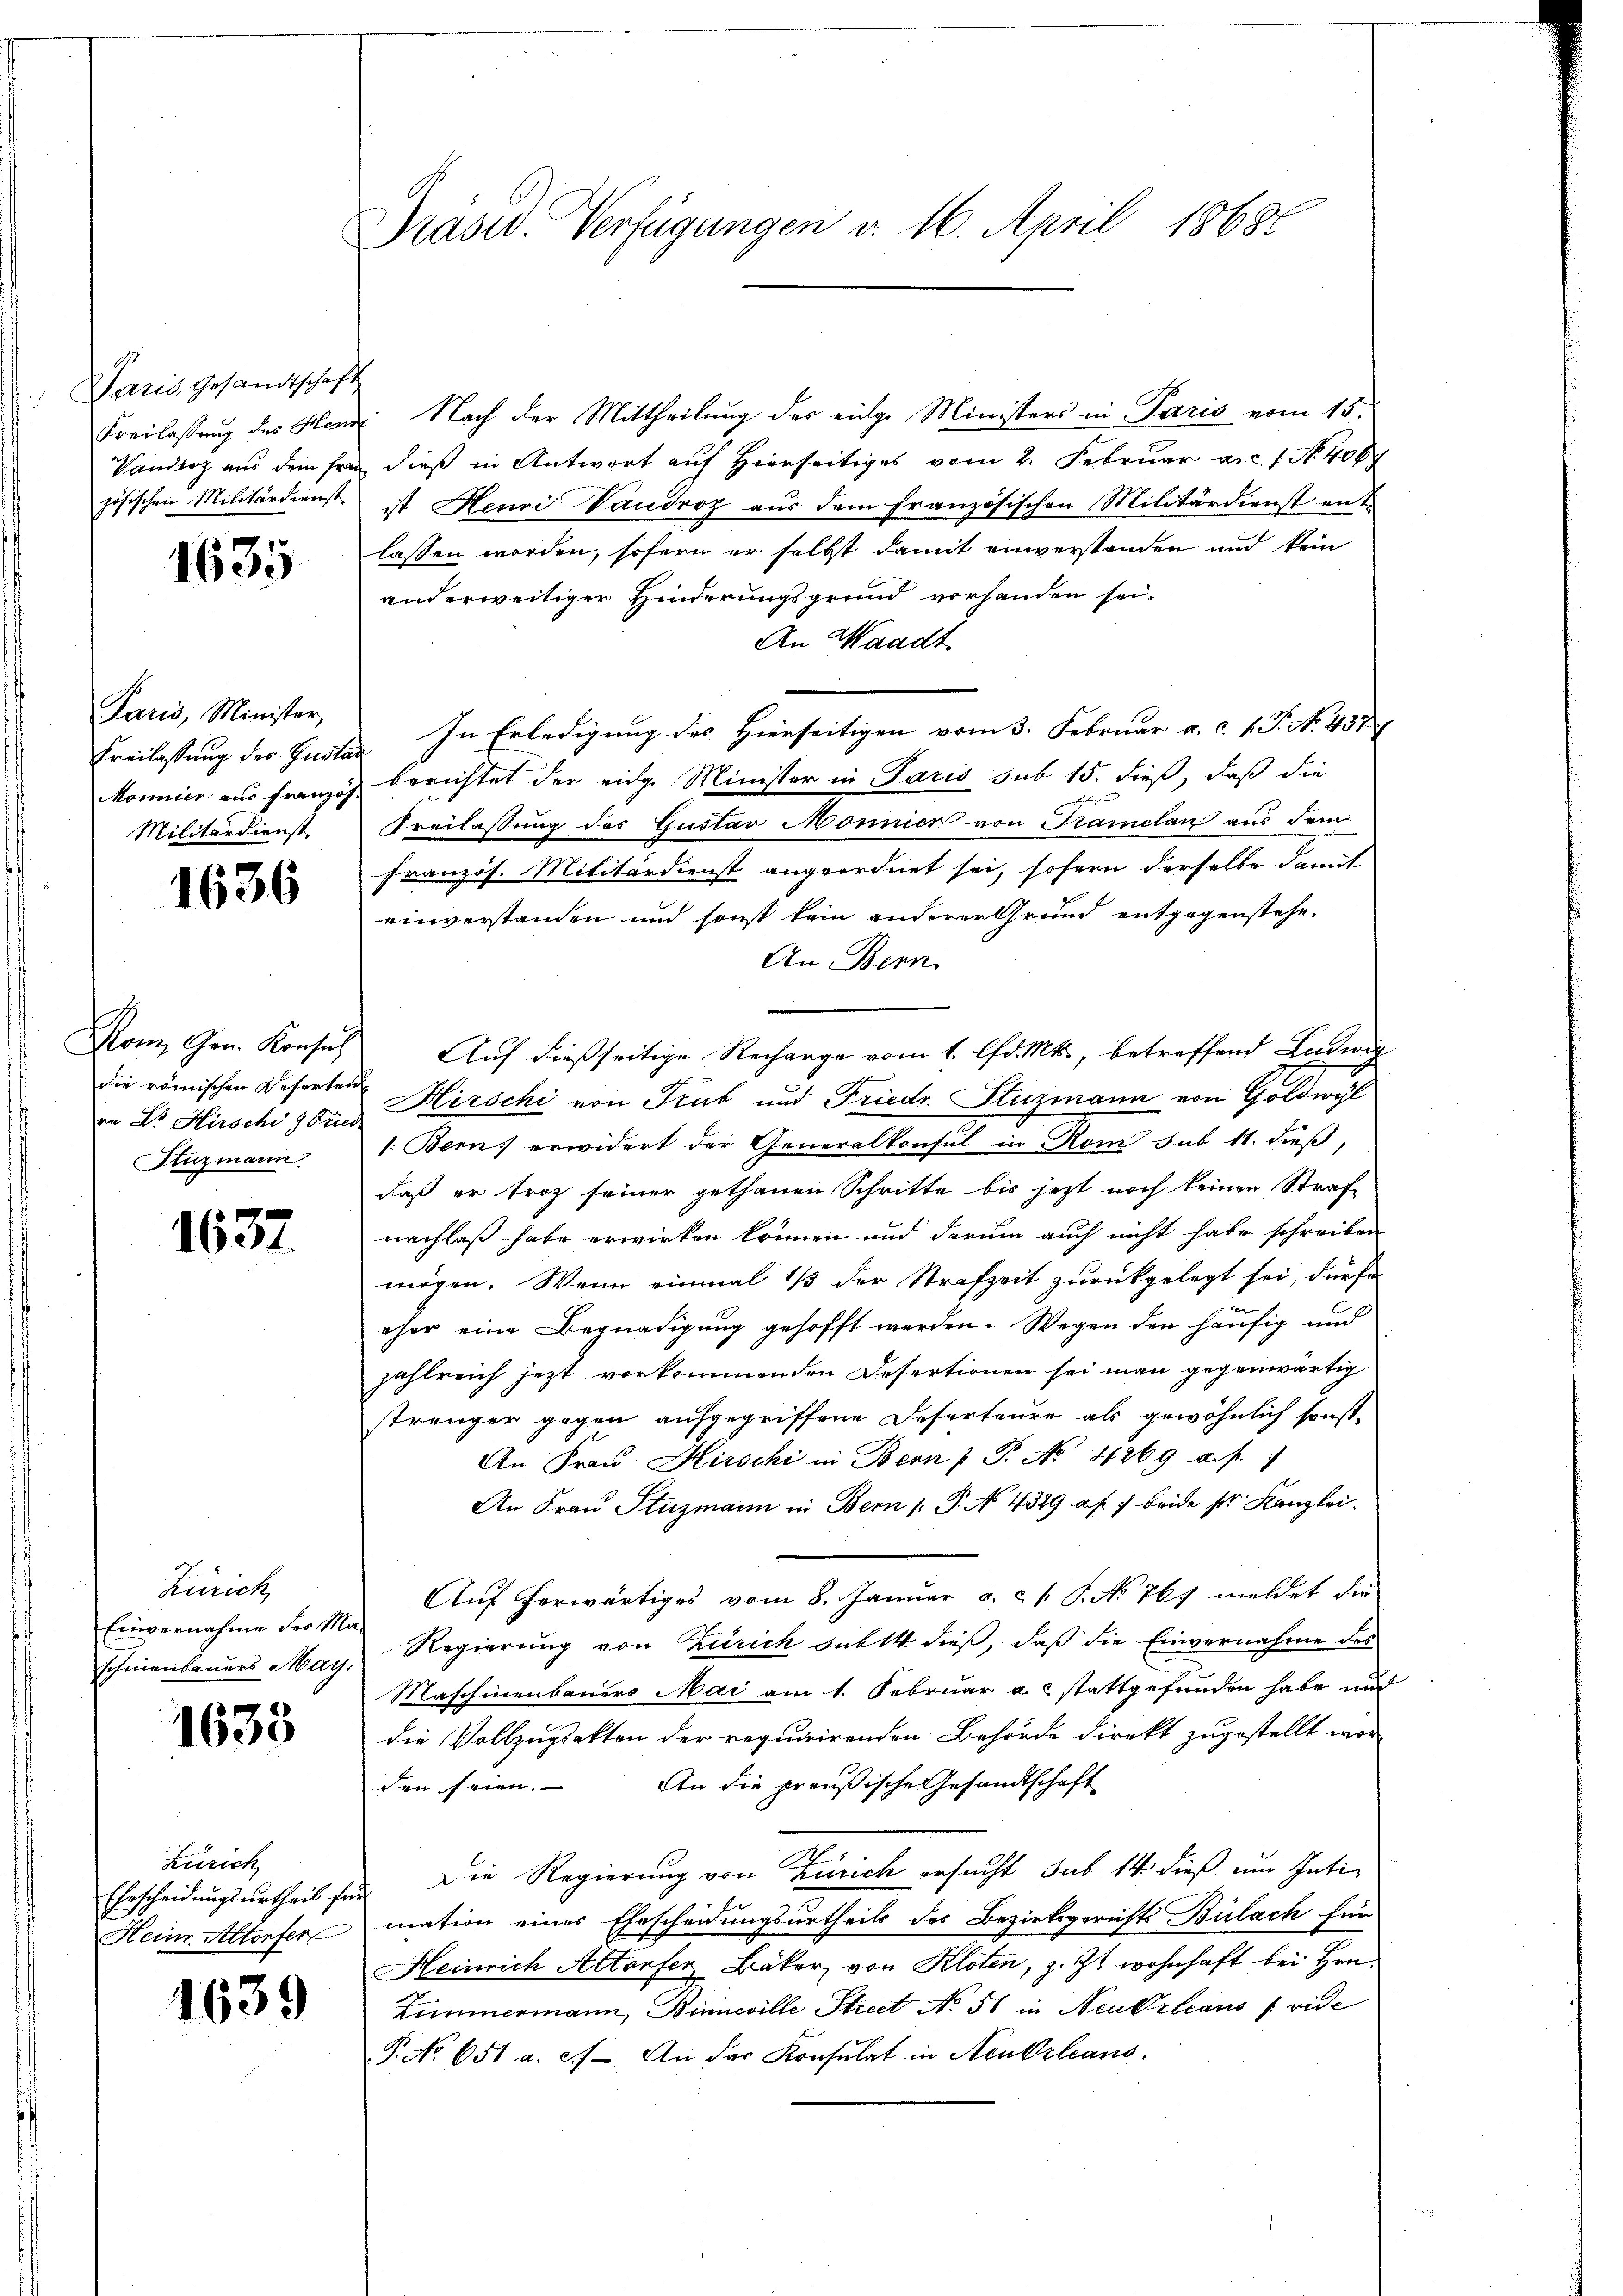
Paris, Gesandtschaft
Freilassung des Hein
Vandloz aus dem Fran
zösischen Militärdienst

1635

Paris, Minister
Freilassung der Gustan
Mönnier aus Franzos
Militärdienst

1636

Mon Gen. Konsul
die römischen Refertei
an Dr Hirschi 9 Fried
Kuzmann

1637

Zürich,
Einvernahme der Ma-
schnenbauers May.

1635

Zürich
Ehescheidungsurtheil für
Keine Altorfer

1639

Präsid. Verfügungen v. 16. April 18687

Nach der Mittheilung der einge Ministers in Paris vom 15.
dieß in Antwort auf Hierseitiges vom 2. Februar a. 1. No. 406
ist Henri Vaudroz aus dem französischen Militärdienst ent-
lassen worden, sofern er selbst damit einverstanden und kein
anderweitiger Hinderungsgrund vorhanden sei.
An Waadt
In Erledigung des Hierseitigen vom 3. Februar a. c. v. P. No. 437
berichtet der eidg. Minister in Paris sub 15. dieß, daß die
Freilassung des Gustav Mönnier von Kramelan aus dem
französ. Militärdienst angeordnet sei, sofern derselbe damit
einverstanden und sonst kein anderer Grund entgegenstehe.
An Bern.
Auf dießseitige Recharge vom 1. lfd. Mts., betreffend Ludwig
Hirschi von Trub und Friedr. Stuzmann von Goldwyl
1. Berns erwidert der Generalkonsul in Rom sub 11. dieß,
daß er trotz seiner gethanen Schritte bis jetzt noch keinen Strafnachlaß habe erwirken können und darum auch nicht habe schreiben
mögen. Wenn einmal 1/3 der Strafzeit zurückgelegt sei, dürfe
eher eine Begnadigung gehofft werden. Wegen den häufig und
zahlreich jetzt vorkommenden Desertionen sei man gegenwärtig
strenger gegen aufgegriffene Deserteure als gewöhnlich sonst
An Frau Hirschi in Bern P. P. Nr. 4269 f.
An Frau Stuzmann in Bern P. No. 4329 a. p. 7 beide ser Kanzlei.
Auf herwärtiges vom 8. Januar a. c. 1 S. No 767 meldet die
Regierung von Zürich subtt. dieß, daß die Einvernahme des
Maschinenbauers Mai am 1. Februar a. stattgefunden habe und
die Vollzugsakten der requirirenden Behörde direkt zugestellt wor-
An die preußische Gesandtschaft
den seien.
Die Regierung von Zürich ersucht sub 14 dieß im Intimation eines Ehrscheidungsurtheils des Bezirksgerichts Bülach für
Heinrich Altorfer Bäker von Kloten, z. Zt. wohnhaft bei Hrn.
Zimmermann, Binneville Streit No 51 in Neubelians (vide
P. No 651 a. c. An das Konsulat in Neukrleans